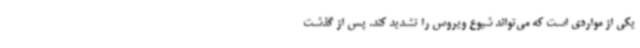
یکی از مواردی است که می‌تواند شیوع ویروس را تشدید کند. پس از گذشت